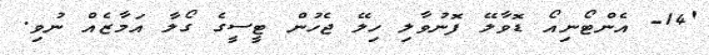
'14- އެންޓޯނިއޯ ޑޮވާލޭ ފޮނުވާލި ހިލޭ ޖެހުން ޓީސީގެ ގޯލާ އަމާޒެއް ނުވި.